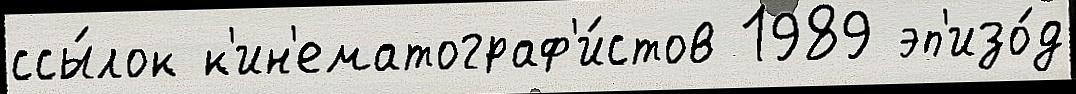
ссы́лок к'ин'ематограф'и́стов 1989 эп'изо́д